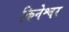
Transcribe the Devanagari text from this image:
किनेश्वर